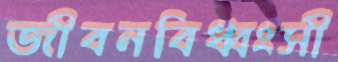
জীবনবিধ্বংসী